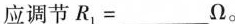
应调节$$R_{1}=___Ω$$。